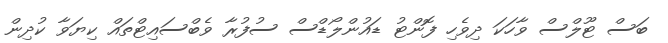
ބަސް ޓޫލްސް ވާހަކަ ދިވެހި ފޮންޓު ޑައުންލޯޑްސް ސުފުރާ ވެބްސައިޓްތައް ކިޔަވާ ކުދިން